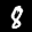
Label: 8